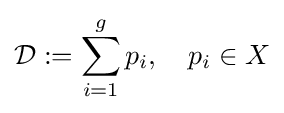
{\mathcal {D}}:=\sum _{i=1}^{g}p_{i},\quad p_{i}\in X